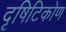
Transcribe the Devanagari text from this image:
दृषिटिकोण